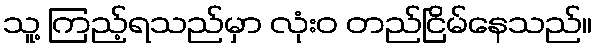
သူ့ ကြည့်ရသည်မှာ လုံးဝ တည်ငြိမ်နေသည်။